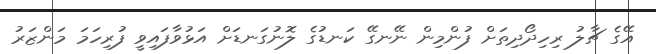
އޭގެ ޗާލު ރިހިދޯދިތަށް ފުންމިން ނޭނގޭ ކަނޑުގެ ލޮނުގަނޑަށް އަޅުވާފައިވީ ފުރިހަމަ މަންޒަރު